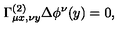
\Gamma _ { \mu x , \nu y } ^ { ( 2 ) } \Delta \phi ^ { \nu } ( y ) = 0 ,